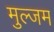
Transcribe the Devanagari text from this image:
मुल्जम